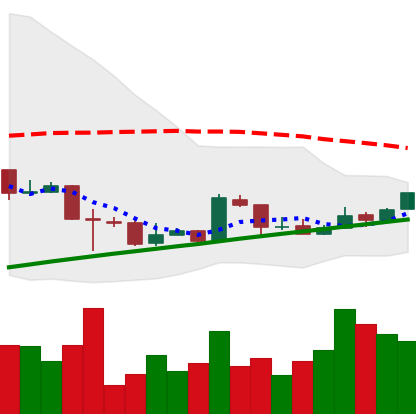
Ticker: BTC-USD
Chart end date: 2016-02-13
Forward return: 7.787%
Label: up_7plus